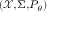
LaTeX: \scriptstyle ( { \mathcal { X } } , \Sigma , P _ { \theta } )